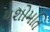
યશોમતિ